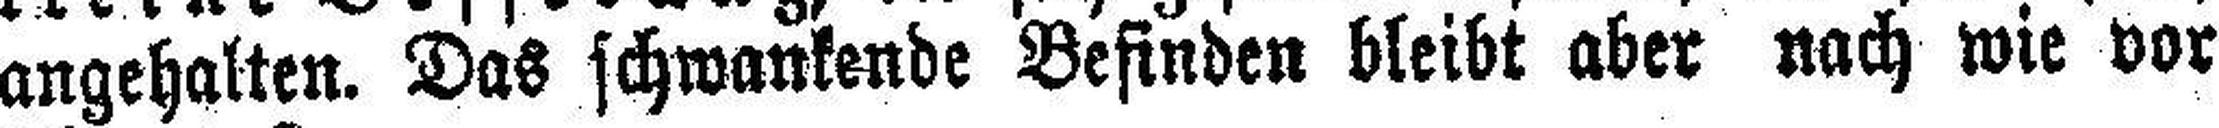
angehalten. Das schwankende Befinden bleibt aber nach wie vor